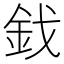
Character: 鈛